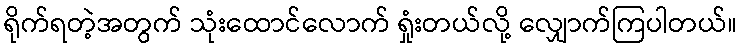
ရိုက်ရတဲ့အတွက် သုံးထောင်လောက် ရှုံးတယ်လို့ လျှောက်ကြပါတယ်။